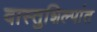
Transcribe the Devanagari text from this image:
वास्तुशिल्पांत